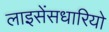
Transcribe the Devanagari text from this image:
लाइसेंसधारियो